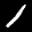
Label: 1